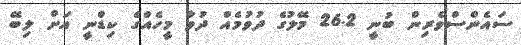
ސައެންސްވެރިން ބުނީ 26.2 މޭލުގެ ދުވުމެއް ދުވާ މީހެއްގެ ކިޑްނީ އަށް ލިބޭ